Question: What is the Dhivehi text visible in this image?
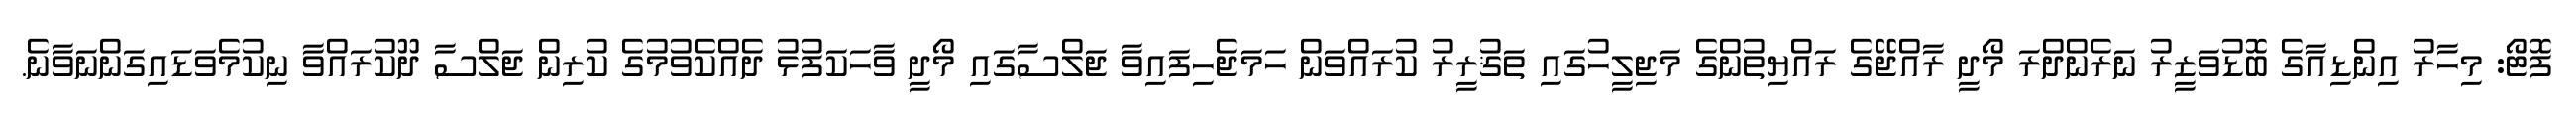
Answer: ފޮޓޯ: މިހާރު އިންޑިއާގެ ބޮޑުވަޒީރު ނަރެންދްރަ މޯދީ ރާއްޖޭގެ ރައްޔިތުންގެ މަޖިލީހުގައި ތަޤުރީރު ކުރައްވަން ހަމަޖެހިފައިވާ ޖަލްސާގައި މޯދީ ވާހަކަފުޅު ދެއްކެވުމުގެ ކުރިން ޖަލްސާ ދޫކުރައްވާ ނިކުމެވަޑައިގަންނަވާނެ.